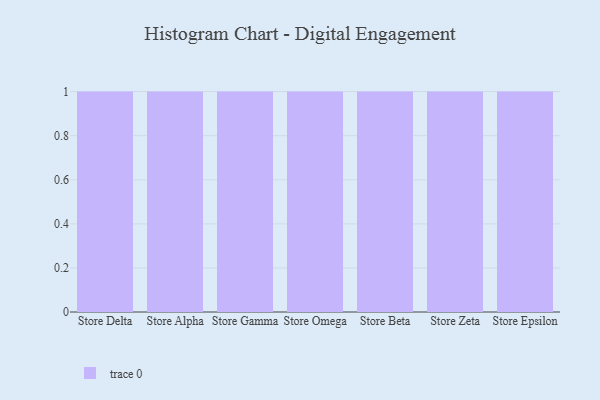
{"axis": {"x": "Store", "y": "Tickets Resolved"}, "legend": [""], "data": [{"x": "Store Delta", "y": 63, "type": ""}, {"x": "Store Alpha", "y": 54, "type": ""}, {"x": "Store Gamma", "y": 1, "type": ""}, {"x": "Store Omega", "y": 9, "type": ""}, {"x": "Store Beta", "y": 16, "type": ""}, {"x": "Store Zeta", "y": 40, "type": ""}, {"x": "Store Epsilon", "y": 28, "type": ""}]}